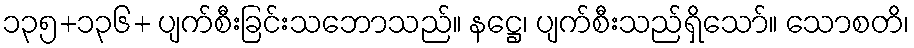
၁၃၅+၁၃၆+ ပျက်စီးခြင်းသဘောသည်။ နဋ္ဌေ၊ ပျက်စီးသည်ရှိသော်။ သောစတိ၊